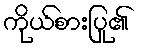
ကိုယ်စားပြု၏